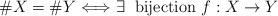
LaTeX: \begin{align*}\#X =\#Y \Longleftrightarrow \exists \; \mbox{ bijection } f:X\rightarrow Y\end{align*}